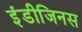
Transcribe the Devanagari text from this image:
इंडीजिनस